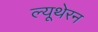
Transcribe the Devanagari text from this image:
ल्यूथेरन